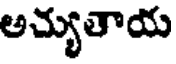
అచ్యుతాయ